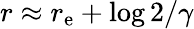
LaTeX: r\approx r_{\mathrm{e}}+\log 2/\gamma